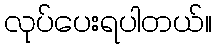
လုပ်ပေးရပါတယ်။